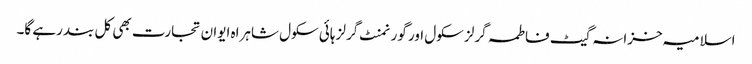
اسلامیہ خزانہ گیٹ فاطمہ گرلز سکول اور گورنمنٹ گرلز ہائی سکول شاہراہ ایوان تجارت بھی کل بند رہے گا۔